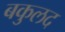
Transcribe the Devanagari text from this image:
बकुलद